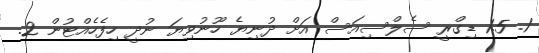
1. 1.5 ޑިގްރީ ސެލްސިއަސް އަށް ދުނިޔެ ހޫނުވިޔަ ނުދީ ހިފެހެއްޓުން 2.